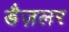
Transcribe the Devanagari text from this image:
डैज़लर